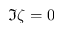
\Im \zeta = 0